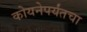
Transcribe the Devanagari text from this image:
कोयनेपर्यंतचा